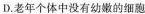
D.老年个体中没有幼嫩的细胞